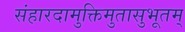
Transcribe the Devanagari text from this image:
संहारदामुक्तिमुतासुभूतम्